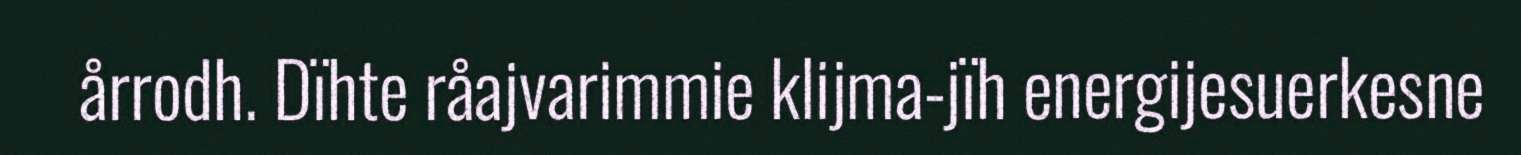
årrodh. Dïhte råajvarimmie klijma-jïh energijesuerkesne